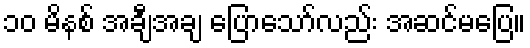
၁၀ မိနစ် အချီအချ ပြောသော်လည်း အဆင်မပြေ။